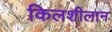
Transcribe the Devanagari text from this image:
किलशीलान